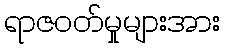
ရာဇဝတ်မှုများအား